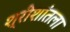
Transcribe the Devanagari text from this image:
श्रीशांतला